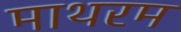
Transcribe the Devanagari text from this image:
माथरम